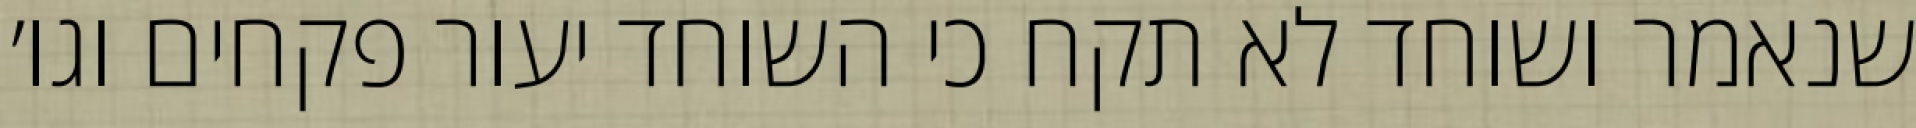
שנאמר ושוחד לא תקח כי השוחד יעור פקחים וגו׳